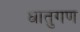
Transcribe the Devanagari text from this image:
धातुगण